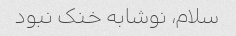
سلام، نوشابه خنک نبود